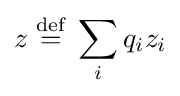
z\;{\stackrel {\mathrm {def} }{=}}\;\sum _{i}q_{i}z_{i}